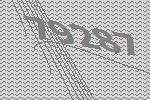
79287